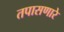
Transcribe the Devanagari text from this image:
तपासणारे